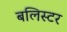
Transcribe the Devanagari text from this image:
बलिस्टर